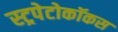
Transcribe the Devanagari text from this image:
स्ट्रपेटोकॉकस